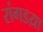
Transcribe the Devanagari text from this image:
रांगडय़ा